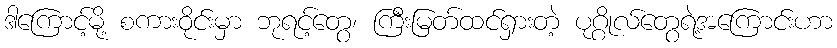
ဒါကြောင့်မို့ စကားဝိုင်းမှာ ဘုရင့်တွေ၊ ကြီးမြတ်ထင်ရှားတဲ့ ပုဂ္ဂိုလ်တွေရဲ့အကြောင်းဟာ